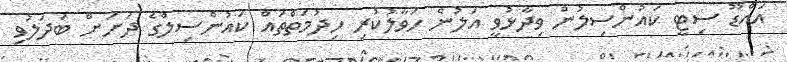
އައްޑޫ ސިޓީ ކައުންސިލުން ވިދާޅުވީ އަލުން ހަވާލުކުރި ހިދުމަތްތައް ކައުންސިލްގެ ދަށަށް ބަދަލުވި